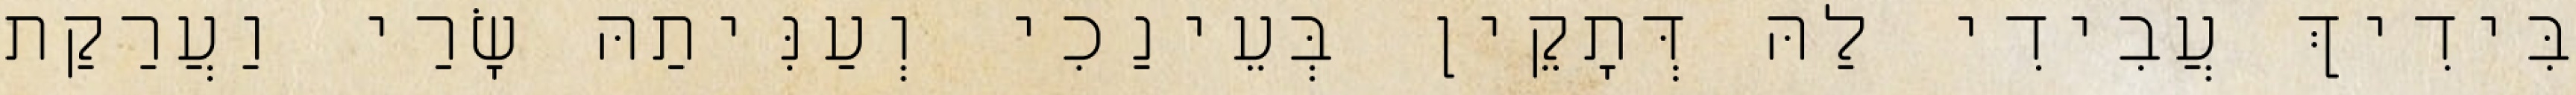
בִּידִיךְ עֲבִידִי לַהּ דְּתָקֵין בְּעֵינַכִי וְעַנִּיתַהּ שָׂרַי וַעֲרַקַת